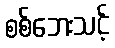
စစ်ဘေးသင့်